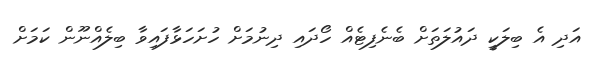
އަދި އެ ބިލަކީ ދައުލަތަށް ބެނެފިޓެއް ހޯދައި ދިނުމަށް ހުށަހަޅާފައިވާ ބިލެއްނޫން ކަމަށް